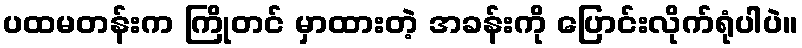
ပထမတန်းက ကြိုတင် မှာထားတဲ့ အခန်းကို ပြောင်းလိုက်ရုံပါပဲ။